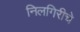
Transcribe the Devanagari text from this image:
निलगिरीचे